Trukikaitis_Postimees, lk 188
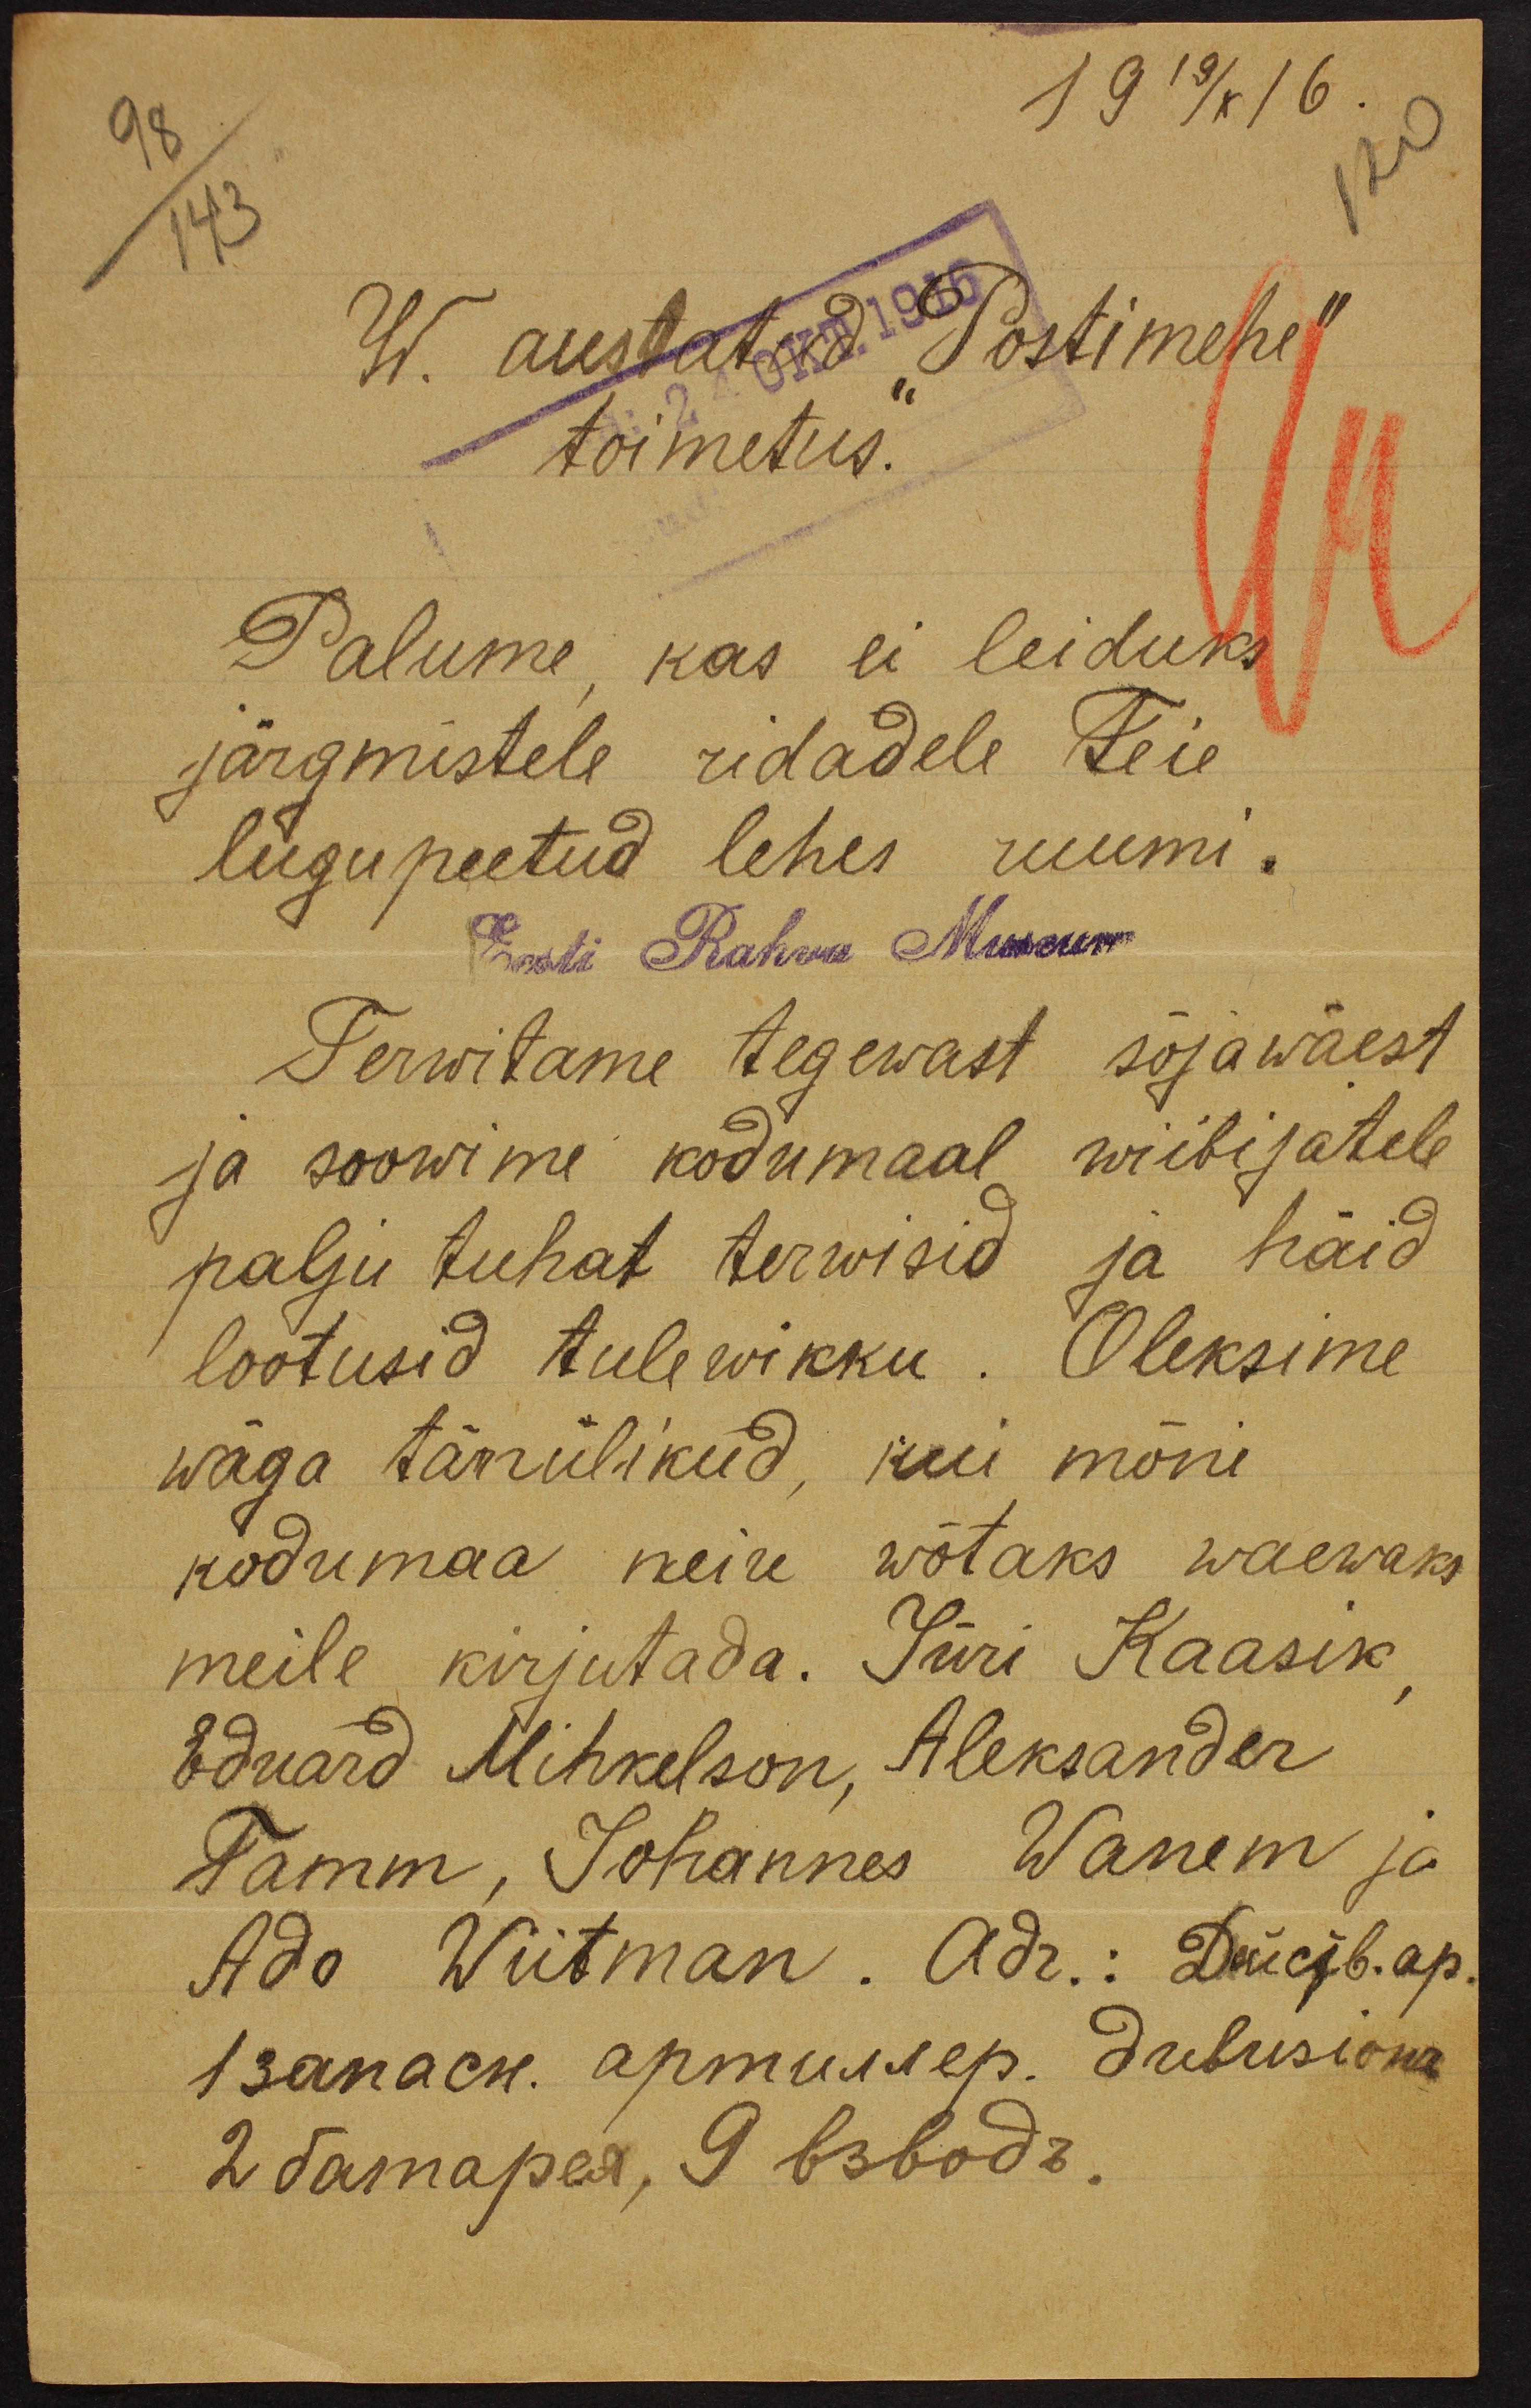
19 19/X 16
120
98
143
W. austatud "Postimehe".
toimetus.
Palume kas ei leiduks
järgmistele ridadele Teie
lugupeetud lehes ruumi.
Eest Rahwa Museum
Terwitame tegewast sõjawäest
ja soowime kodumaal wiibijatele
palju tuhat terwisid ja häid
lootusid tulewikku. Oleksime
wäga tänulikud, kui mõni
kodumaa neiu wõtaks waewaks
meile kirjutada. Jüri Kaasik
Eduard Mihkelson, Aleksander
Tamm, Johannes Wanem ja
Ado Wiitman. Adr.: Dügib.ap